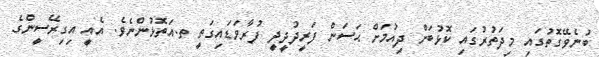
ބުނެވޭގޮތުގައި މިދަތުރުގައި ކޮޅުބަށް ދިއުމަށް ޙަސަން ފަރީދުދީދީ ފުރާވަޑައިގަތީ ތ.އަތޮޅުންނެވެ. އެއީ އިގިރޭސީންގެ